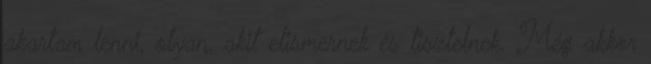
akartam lenni, olyan, akit elismernek és tisztelnek. Még akkor